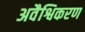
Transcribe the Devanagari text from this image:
अवैश्विकरण